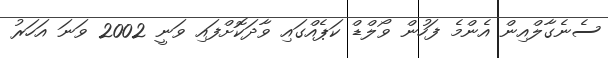
ސެނެގާލްއިން އެންމެ ފަހުން ވޯލްޑް ކަޕެއްގައި ވާދަކޮށްފައި ވަނީ 2002 ވަނަ އަހަރު